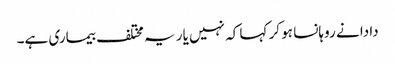
دادا نے روہانسا ہو کر کہا کہ نہیں یار یہ مختلف بیماری ہے۔